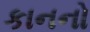
કાનનો